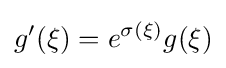
g'(\xi )=e^{\sigma (\xi )}g(\xi )